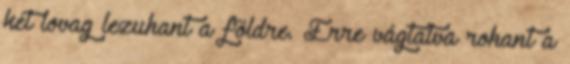
két lovag lezuhant a földre. Erre vágtatva rohant a